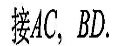
接AC,BD.